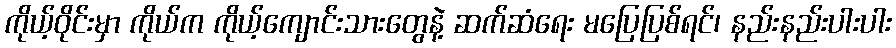
ကိုယ့်ဝိုင်းမှာ ကိုယ်က ကိုယ့်ကျောင်းသားတွေနဲ့ ဆက်ဆံရေး မပြေပြစ်ရင်၊ နည်းနည်းပါးပါး